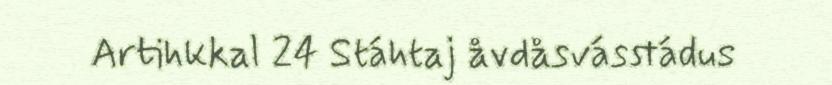
Artihkkal 24 Stáhtaj åvdåsvásstádus